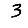
Digit: 3